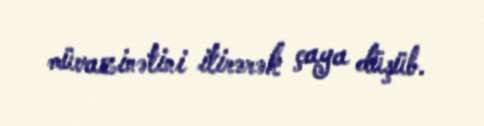
müvazinətini itirərək çaya düşüb.